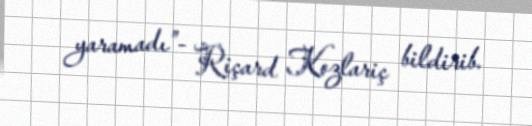
yaramadı”- Riçard Kozlariç bildirib.